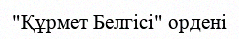
"Құрмет Белгісі" ордені